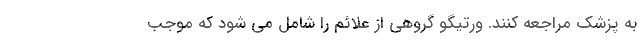
به پزشک مراجعه کنند. ورتیگو گروهی از علائم را شامل می شود که موجب